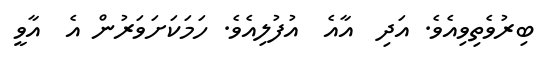
ބިރުވެތިވިއެވެ. އަދި  އާއެ  އުފުލިއެވެ. ހަމަކަށަވަރުން އެ  އާވީ